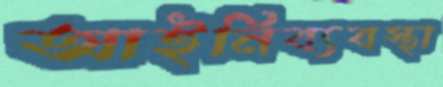
আইনিব্যবস্থা